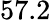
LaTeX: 57.2